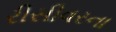
રીસીવરના